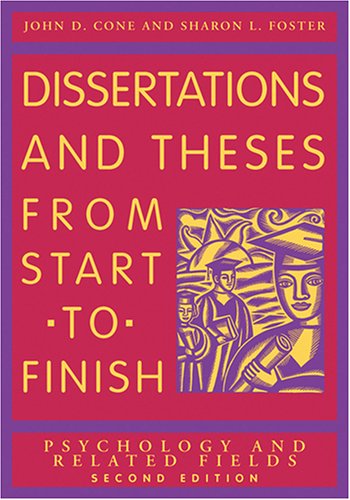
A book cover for Dissertations And Theses from Start to Finish: Psychology And Related Fields; John D. Cone; Medical Books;